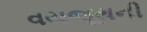
વયજૂથની